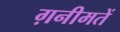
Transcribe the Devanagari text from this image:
ग़नीमतें